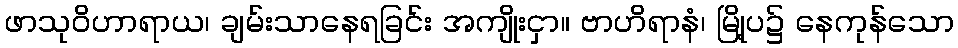
ဖာသုဝိဟာရာယ၊ ချမ်းသာနေရခြင်း အကျိုးငှာ။ ဗာဟိရာနံ၊ မြို့ပ၌ နေကုန်သော